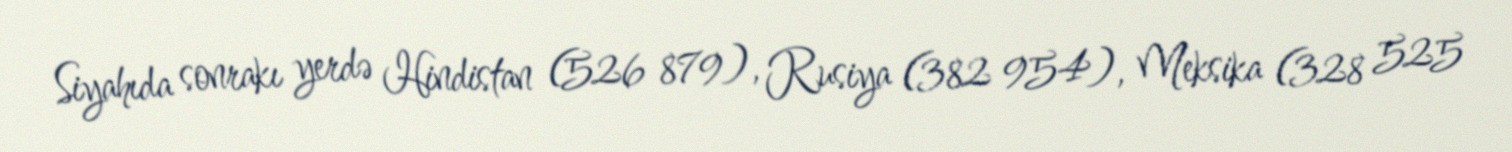
Siyahıda sonrakı yerdə Hindistan (526 879), Rusiya (382 954), Meksika (328 525